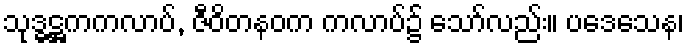
သုဒ္ဓဋ္ဌကကလာပ်, ဇီဝိတနဝက ကလာပ်၌ သော်လည်း။ ပဒေသေန၊